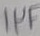
Text: 11F